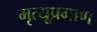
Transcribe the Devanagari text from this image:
मृत्यूप्रमाण